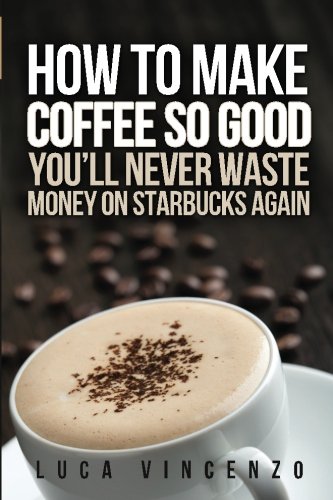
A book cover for How to Make Coffee So Good You'll Never Waste Money on Starbucks Again; Luca Vincenzo; Cookbooks, Food & Wine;